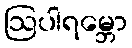
ဩပါရမ္ဘော